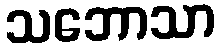
သဘောသာ